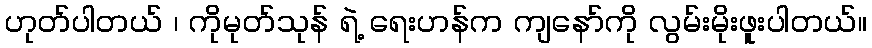
ဟုတ်ပါတယ် ၊ ကိုမုတ်သုန် ရဲ့ ရေးဟန်က ကျနော်ကို လွမ်းမိုးဖူးပါတယ်။